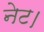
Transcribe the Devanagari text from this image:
नेट।